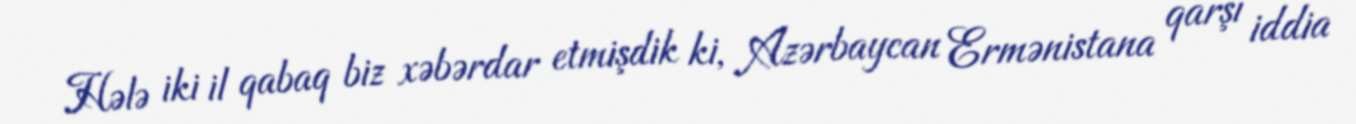
Hələ iki il qabaq biz xəbərdar etmişdik ki, Azərbaycan Ermənistana qarşı iddia